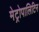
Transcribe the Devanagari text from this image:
मेट्रोपालिटिन